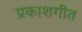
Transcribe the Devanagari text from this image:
प्रकाशगीत